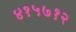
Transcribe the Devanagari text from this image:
४१५७१२